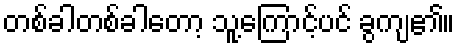
တစ်ခါတစ်ခါတော့ သူ့ကြောင့်ပင် ခွကျ၏။